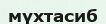
мүхтасиб